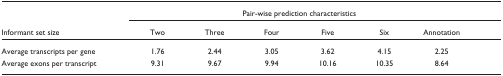
|  | <COLSPAN=6> Pair-wise prediction characteristics |
 | Informant set size | Two | Three | Four | Five | Six | Annotation |
 | --- | --- | --- | --- | --- | --- | --- |
 | Average transcripts per gene | 1.76 | 2.44 | 3.05 | 3.62 | 4.15 | 2.25 |
 | Average exons per transcript | 9.31 | 9.67 | 9.94 | 10.16 | 10.35 | 8.64 |